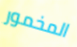
المخمور